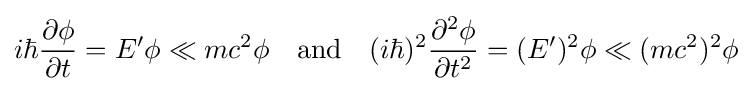
i\hbar {\frac {\partial \phi }{\partial t}}=E'\phi \ll mc^{2}\phi \quad {\textrm {and}}\quad (i\hbar )^{2}{\frac {\partial ^{2}\phi }{\partial t^{2}}}=(E')^{2}\phi \ll (mc^{2})^{2}\phi